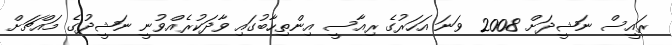
ރައީސް ނަޝީދަށް 2008 ވަނަ އަހަރުގެ ރިއާސީ އިންތިހާބުގައި ވާދަކުރެއްވުނީ ނަޝީދުގެ މައްޗަށް